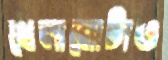
খেলানোটাও